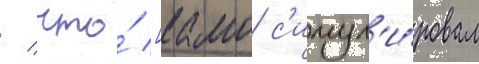
/ что́ [камо с'имул'и́ровал